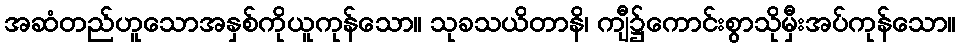
အဆံတည်ဟူသောအနှစ်ကိုယူကုန်သော။ သုခသယိတာနိ၊ ကျီ၌ကောင်းစွာသိုမှီးအပ်ကုန်သော။